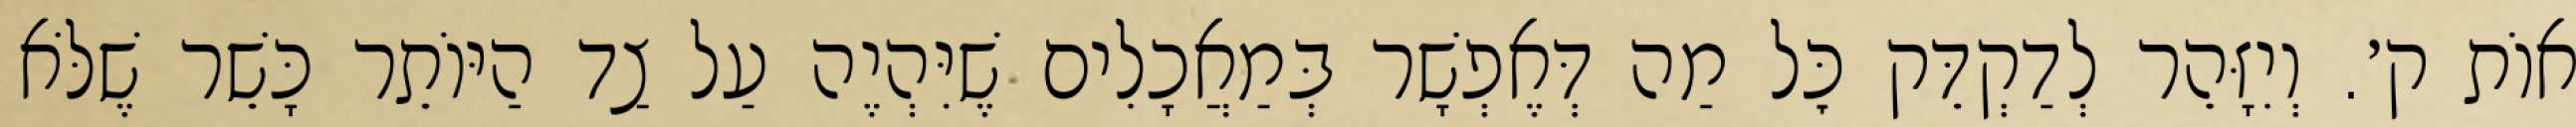
אוֹת ק׳. וְיִזָּהֵר לְדַקְדֵּק כׇּל מַה דְּאֶפְשָׁר בְּמַאֲכָלִים שֶׁיִּהְיֶה עַל צַד הַיּוֹתֵר כָּשֵׁר שֶׁלֹּא